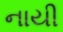
નાયી